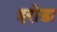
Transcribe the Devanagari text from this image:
इरोडा